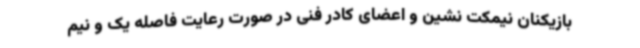
بازیکنان نیمکت نشین و اعضای کادر فنی در صورت رعایت فاصله یک و نیم